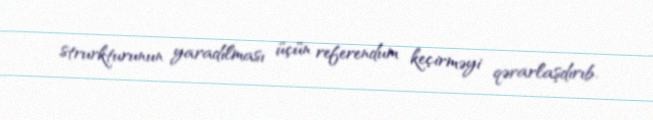
strurkturunun yaradılması üçün referendum keçirməyi qərarlaşdırıb.